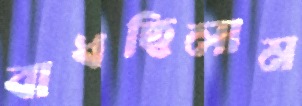
বাধছিলাম